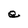
Character: e